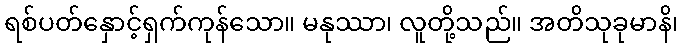
ရစ်ပတ်နှောင့်ရှက်ကုန်သော။ မနုဿာ၊ လူတို့သည်။ အတိသုခုမာနိ၊